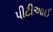
પીટીઆઈ